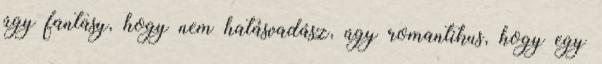
úgy fantasy, hogy nem hatásvadász, úgy romantikus, hogy egy